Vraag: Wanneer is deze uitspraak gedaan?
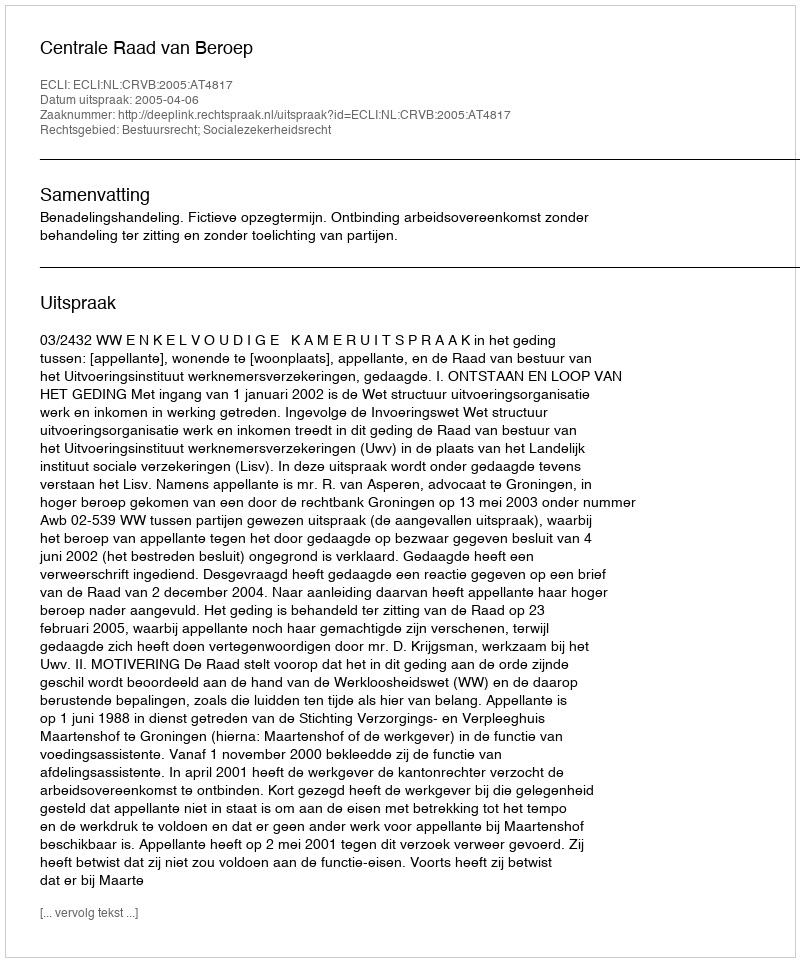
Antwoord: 2005-04-06